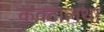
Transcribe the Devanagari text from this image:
कवटालथा